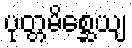
ပုတ္တမိစ္ဆေယျ